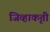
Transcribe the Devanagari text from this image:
जिव्हाकृती